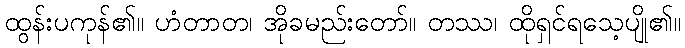
ထွန်းပကုန်၏။ ဟံတာတ၊ အိုခမည်းတော်။ တဿ၊ ထိုရှင်ရသေ့ပျို၏။